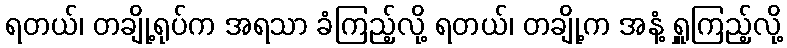
ရတယ်၊ တချို့ရုပ်က အရသာ ခံကြည့်လို့ ရတယ်၊ တချို့က အနံ့ ရှူကြည့်လို့